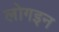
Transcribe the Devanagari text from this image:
लोगइन